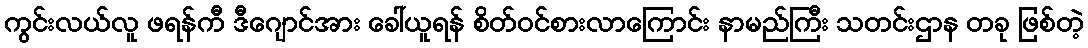
ကွင်းလယ်လူ ဖရန်ကီ ဒီဂျောင်အား ခေါ်ယူရန် စိတ်ဝင်စားလာကြောင်း နာမည်ကြီး သတင်းဌာန တခု ဖြစ်တဲ့